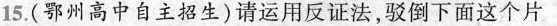
15.(鄂州高中自主招生)请运用反证法，驳倒下面这个片